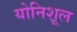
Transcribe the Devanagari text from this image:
योनिशूल